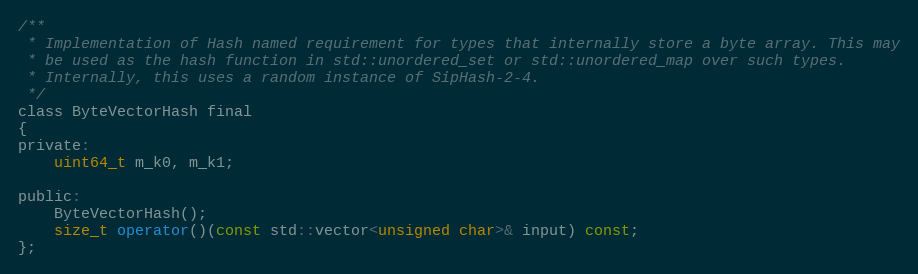
Language: C
/**
 * Implementation of Hash named requirement for types that internally store a byte array. This may
 * be used as the hash function in std::unordered_set or std::unordered_map over such types.
 * Internally, this uses a random instance of SipHash-2-4.
 */
class ByteVectorHash final
{
private:
    uint64_t m_k0, m_k1;

public:
    ByteVectorHash();
    size_t operator()(const std::vector<unsigned char>& input) const;
};